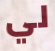
لي